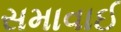
સમાવાઈ